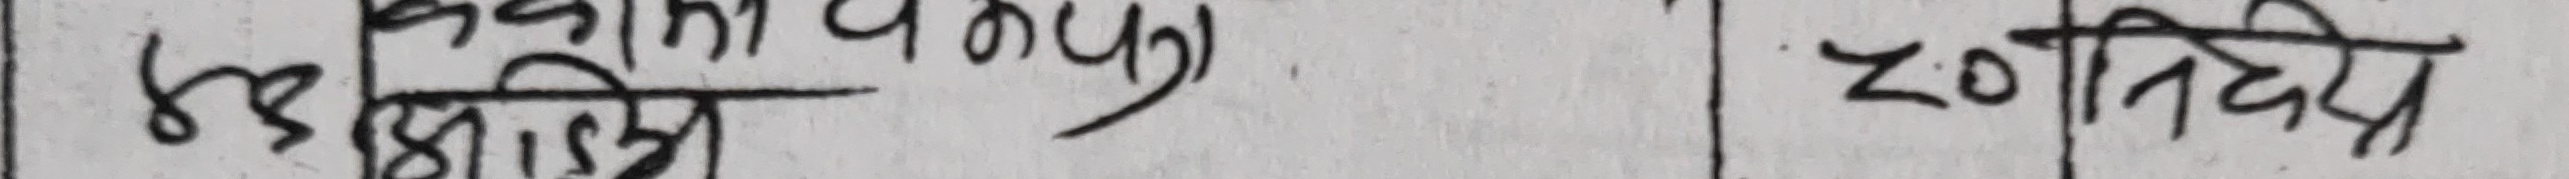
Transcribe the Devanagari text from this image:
४३ शिरीष व गुर्ज
२० दिन